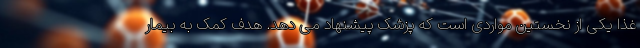
غذا یکی از نخستین مواردی است که پزشک پیشنهاد می دهد. هدف کمک به بیمار